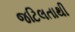
જટિલતાથી